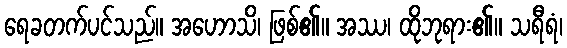
ရေခတက်ပင်သည်။ အဟောသိ၊ ဖြစ်၏။ အဿ၊ ထိုဘုရား၏။ သရီရံ၊